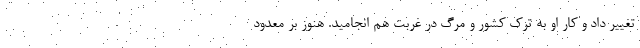
تغییر داد و کار او به ترک کشور و مرگ در غربت هم انجامید. هنوز بر معدود